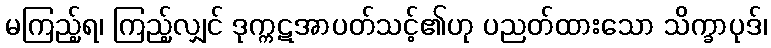
မကြည့်ရ၊ ကြည့်လျှင် ဒုက္ကဋအာပတ်သင့်၏ဟု ပညတ်ထားသော သိက္ခာပုဒ်၊